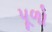
પૂળો